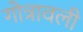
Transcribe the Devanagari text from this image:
गोत्रावली